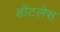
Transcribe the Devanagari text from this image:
डाँटलेस